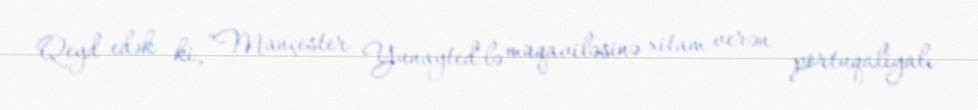
Qeyd edək ki, "Mançester Yunayted"lə müqaviləsinə xitam verən portuqaliyalı